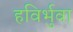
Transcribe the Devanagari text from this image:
हविर्भुवा